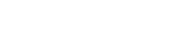
٢٤